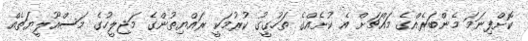
ކޮށްފިނަމަ މެންބަރެއްގެ މައްޗަށް އެ ކުށެއްގެ ތަހުގީގު ކުރުމަކީ ރައްޔިތުންގެ މަޖިލީހުގެ މަސްއޫލީޔަތެއް